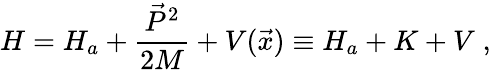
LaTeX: H=H_{a}+\frac{\vec{P}^{2}}{2M}+V(\vec{x})\equiv H_{a}+K+V\; ,